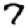
Digit: 7